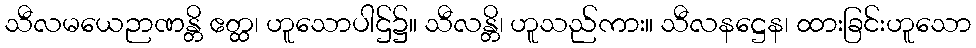
သီလမယေဉာဏန္တိ ဧတ္ထ၊ ဟူသောပါဌ်၌။ သီလန္တိ၊ ဟူသည်ကား။ သီလနဋ္ဌေန၊ ထားခြင်းဟူသော